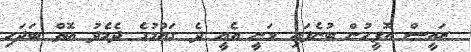
ރައީސް އޮފީހުން ބުނެފައި ވަނީ އެއީ ދެ ގައުމުގެ ދެމެދު އޮތް ބަދަހި